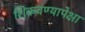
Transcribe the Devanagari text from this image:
शिकवण्यापेक्षा